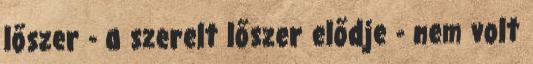
lőszer - a szerelt lőszer elődje - nem volt